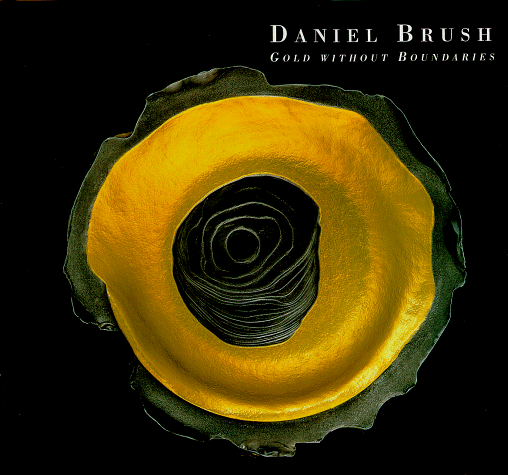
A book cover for Daniel Brush Gold Without Boundaries; Donald Kuspit; Crafts, Hobbies & Home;